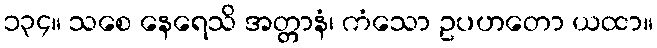
၁၃၄။ သစေ နေရေသိ အတ္တာနံ၊ ကံသော ဥပဟတော ယထာ။